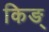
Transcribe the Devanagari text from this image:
किङ्